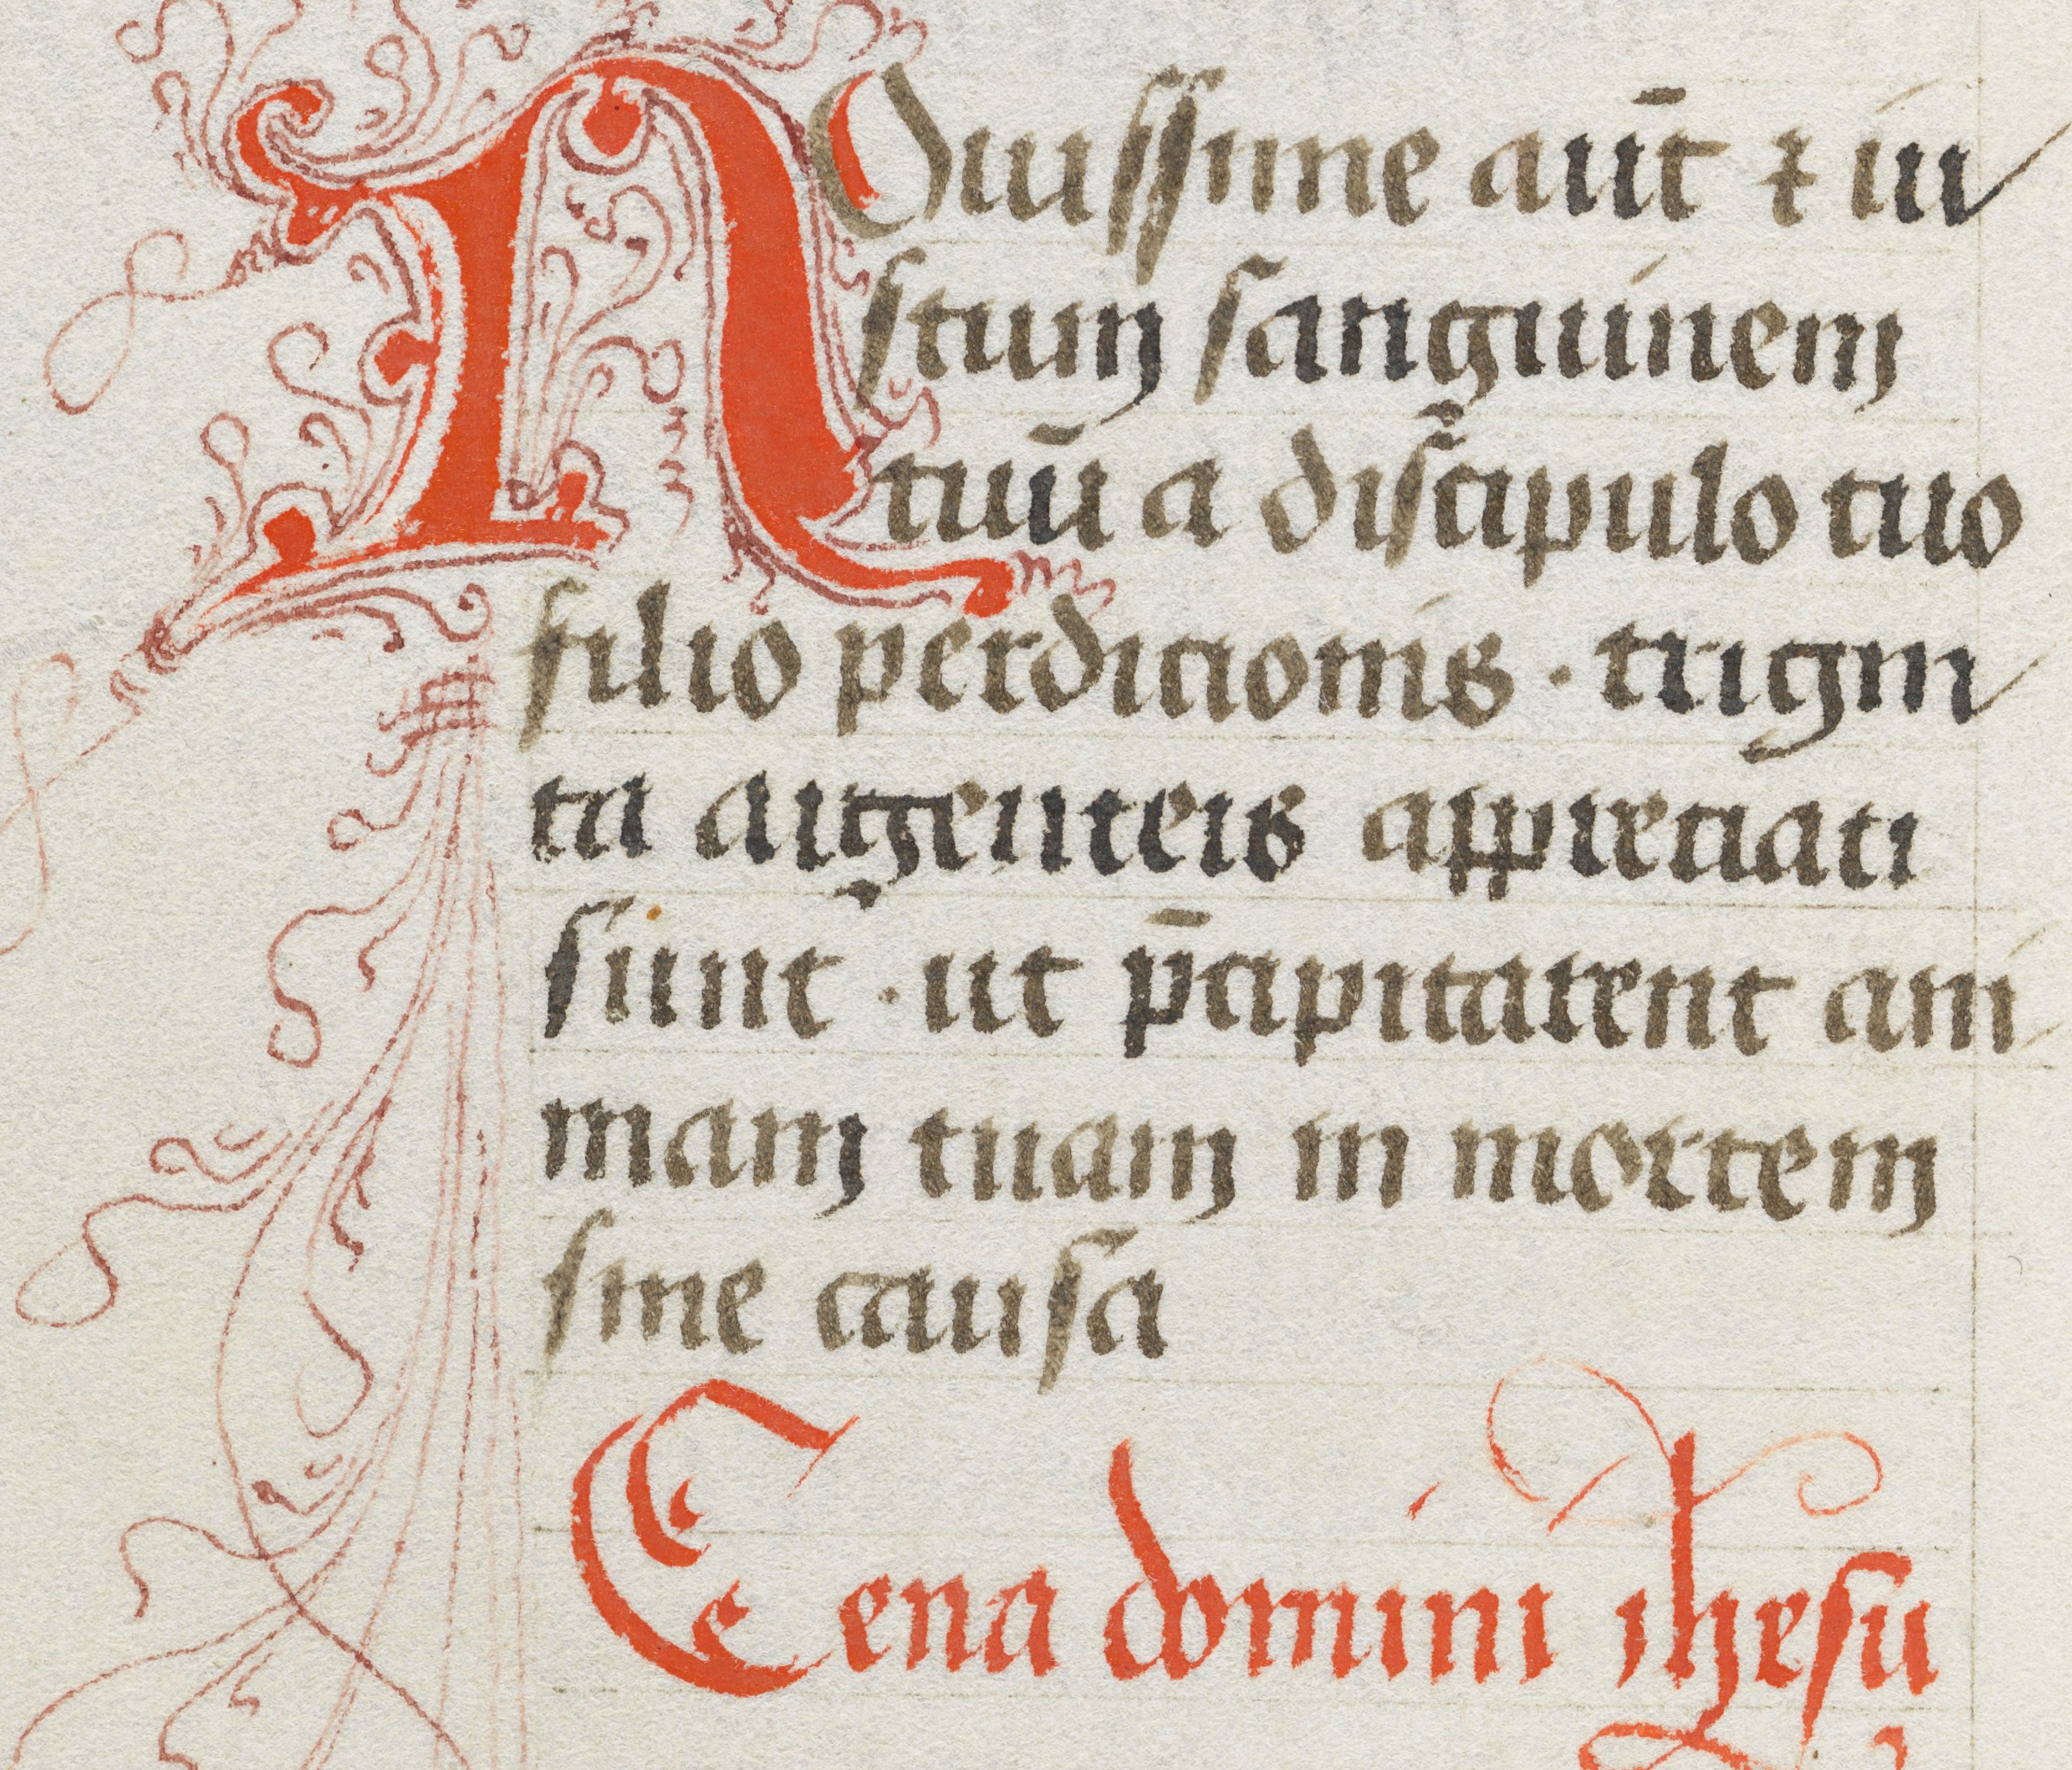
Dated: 1480–1480